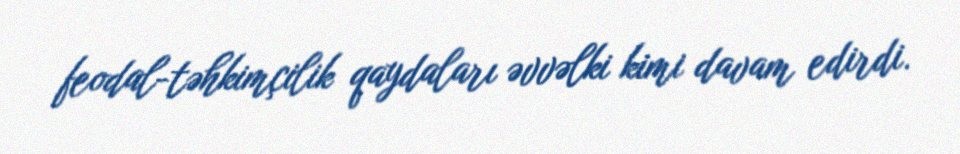
feodal-təhkimçilik qaydaları əvvəlki kimi davam edirdi.